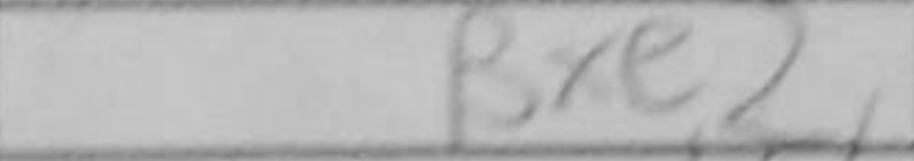
Transcription: Bxe2